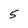
Character: 5